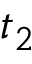
t _ { 2 }